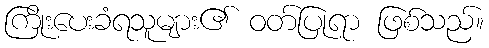
ကြိုးပေးခံရသူများ၏ ဝတ်ပြုရာ ဖြစ်သည်။